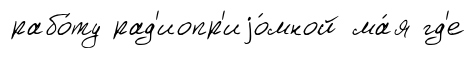
рабо́ту рад'иопр'иjо́мной ма́я гд'е